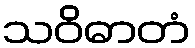
သဝိဓာတံ